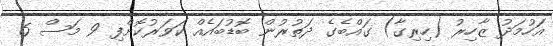
އަހުމަދު ޒާހިރު (ހިރިގާ) ގައްބެގެ ދަތުރުން ބޮޑުބައެއް ކަވަރުކޮށްފި 9 މަސް 6